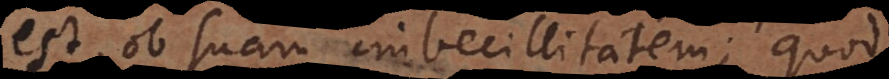
est, ob suam imbecillitatem; quod